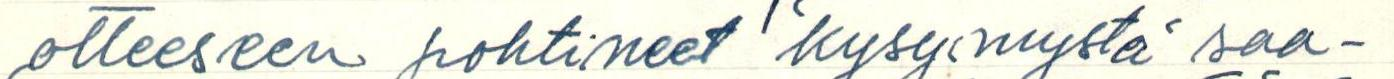
otteeseen pohtineet kysymystä saa-